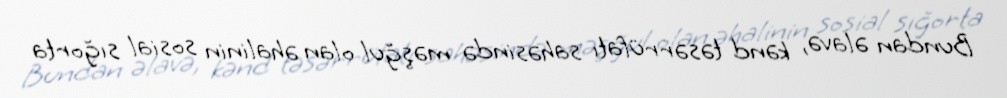
Bundan əlavə, kənd təsərrüfatı sahəsində məşğul olan əhalinin sosial sığorta